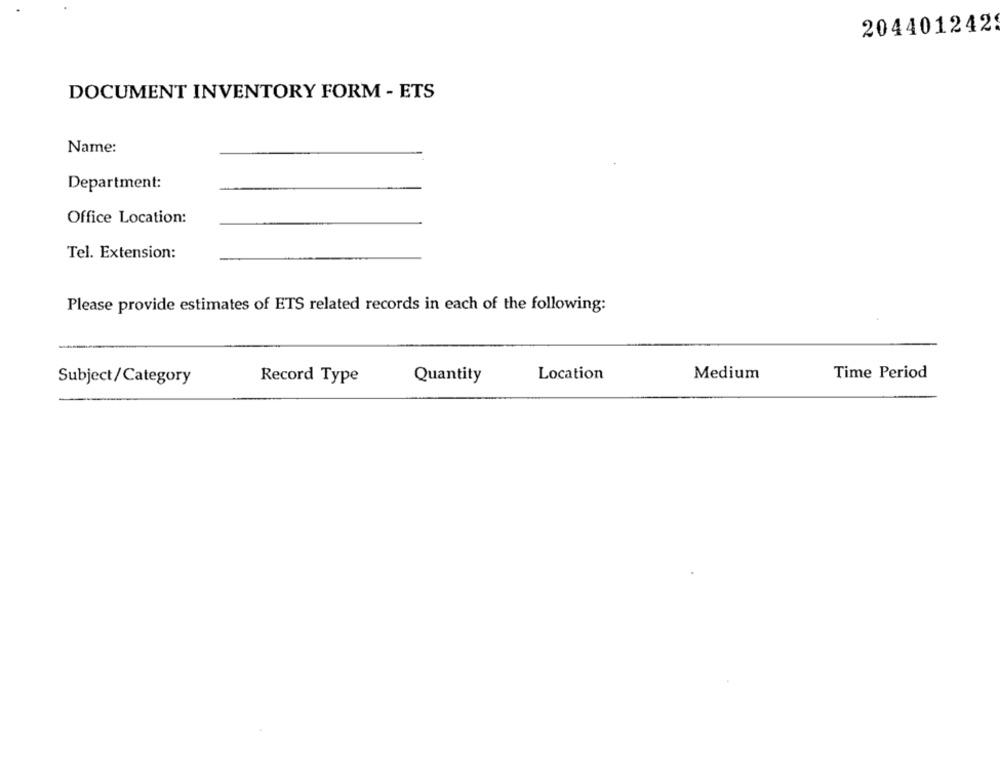
204401242
DOCUMENT INVENTORY FORM - ETS
Name:
Department:
Office Location:
Tel. Extension:
Please provide estimates of ETS related records in each of the following:
Record Type
Quantity
Location
Medium
Time Period
Subject/Category